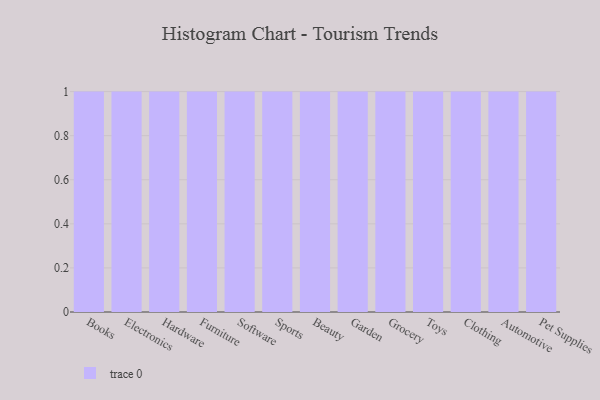
{"axis": {"x": "Category", "y": "Website Visitors"}, "legend": [""], "data": [{"x": "Books", "y": 99, "type": ""}, {"x": "Electronics", "y": 2, "type": ""}, {"x": "Hardware", "y": 16, "type": ""}, {"x": "Furniture", "y": 32, "type": ""}, {"x": "Software", "y": 17, "type": ""}, {"x": "Sports", "y": 83, "type": ""}, {"x": "Beauty", "y": 19, "type": ""}, {"x": "Garden", "y": 83, "type": ""}, {"x": "Grocery", "y": 3, "type": ""}, {"x": "Toys", "y": 80, "type": ""}, {"x": "Clothing", "y": 54, "type": ""}, {"x": "Automotive", "y": 78, "type": ""}, {"x": "Pet Supplies", "y": 30, "type": ""}]}